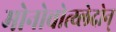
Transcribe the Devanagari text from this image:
मोनोचोत्य्लेदोन्